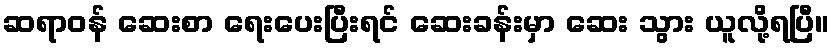
ဆရာဝန် ဆေးစာ ရေးပေးပြီးရင် ဆေးခန်းမှာ ဆေး သွား ယူလို့ရပြီ။